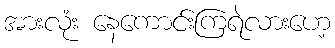
အားလုံး နေကောင်းကြရဲလားဟေ့